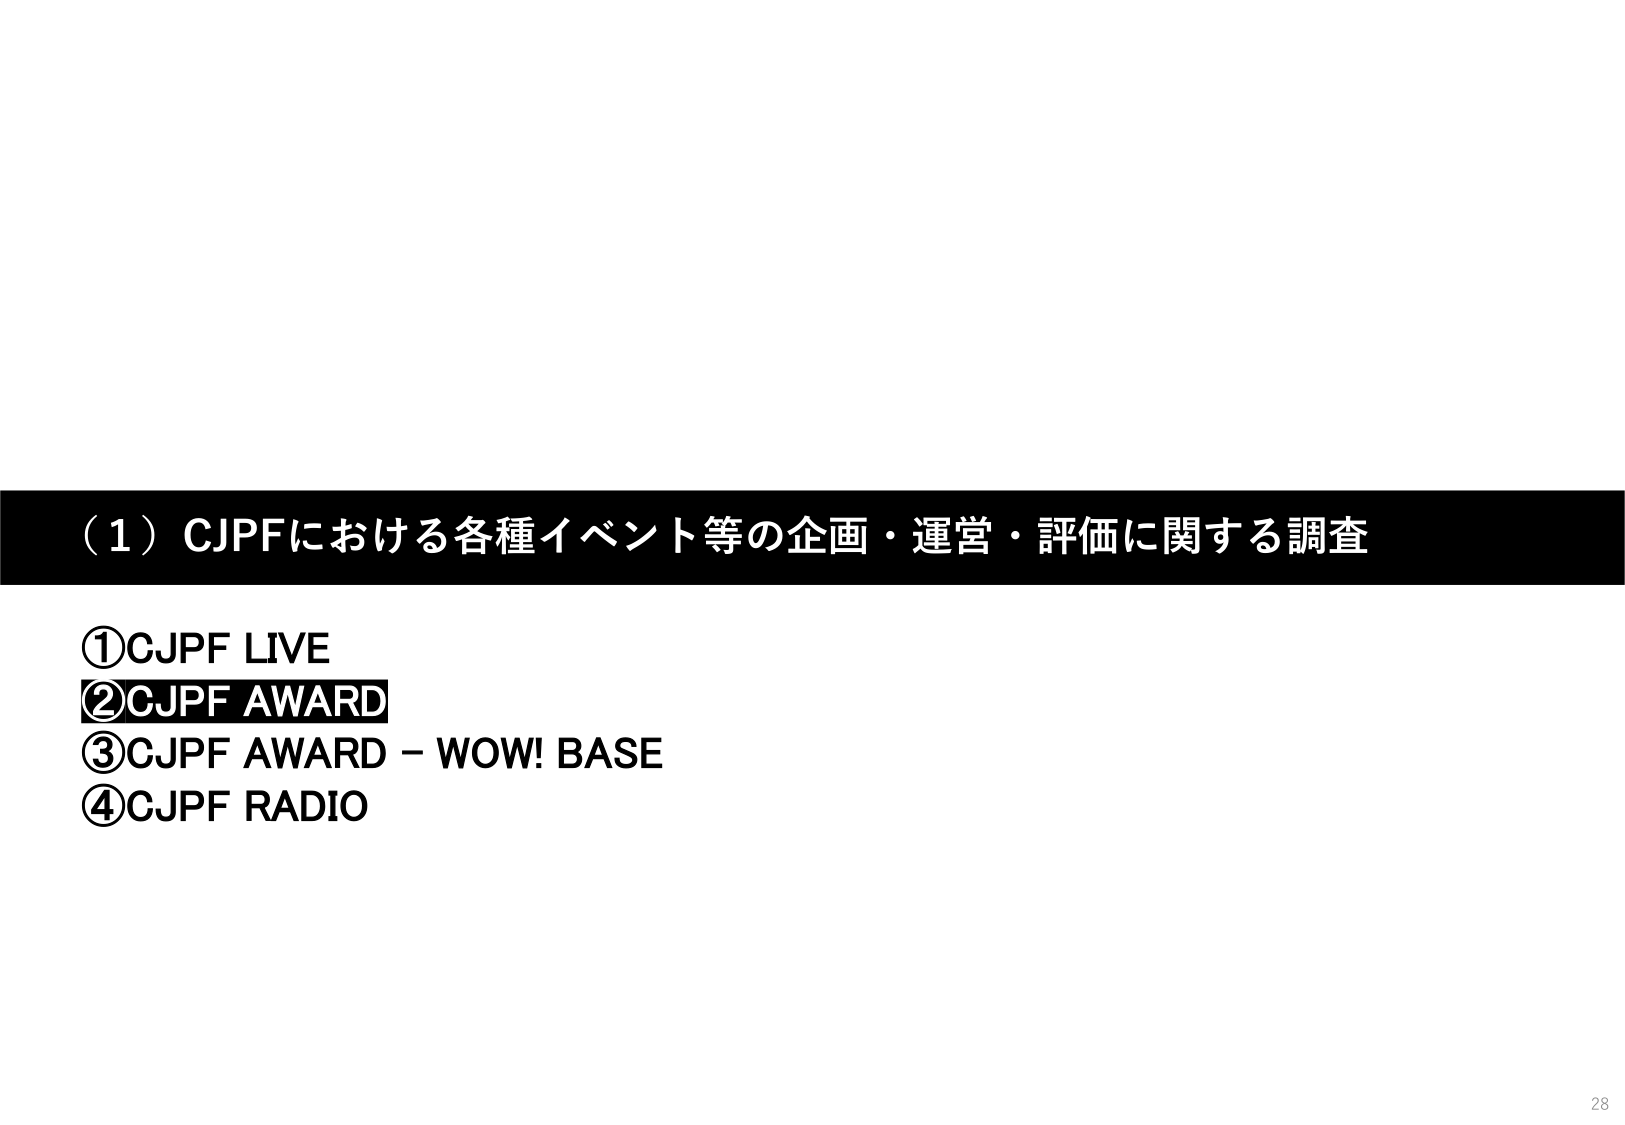
（1）CJPFにおける各種イベント等の企画・運営・評価に関する調査
①CJPF LIVE
②CJPF AWARD
③CJPF AWARD – WOW! BASE
④CJPF RADIO
28